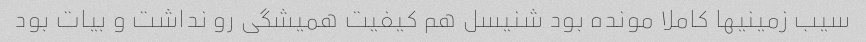
سیب زمینیها کاملا مونده بود شنیسل هم کیفیت همیشگی رو نداشت و بیات بود